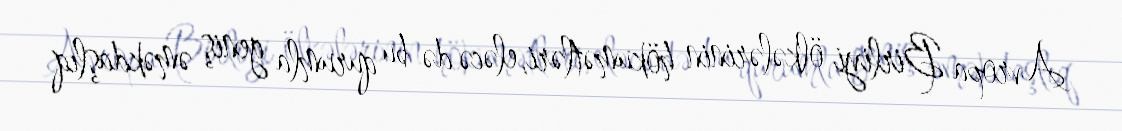
Avropa Birliyi ölkələrinin hökumətləri, eləcə də bu qurumla geniş əməkdaşlıq